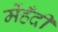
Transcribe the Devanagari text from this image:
मेंहँदी